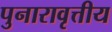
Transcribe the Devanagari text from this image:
पुनारावृत्तीय